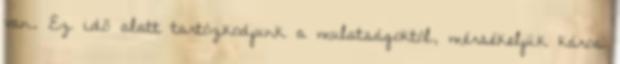
van. Ez idő alatt tartózkodjunk a mulatságoktól, mérsékeljük káros